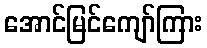
အောင်မြင်ကျော်ကြား